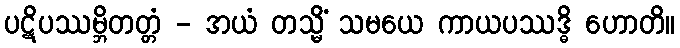
ပဋိပဿမ္ဘိတတ္တံ - အယံ တသ္မိံ သမယေ ကာယပဿဒ္ဓိ ဟောတိ။